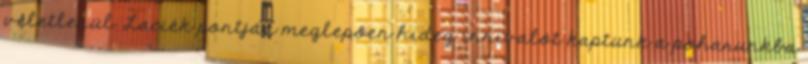
véletlenül. Laciék pontján meglepően hideg innivalót kaptunk a poharunkba